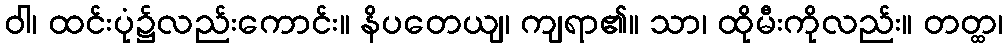
ဝါ၊ ထင်းပုံ၌လည်းကောင်း။ နိပတေယျ၊ ကျရာ၏။ သာ၊ ထိုမီးကိုလည်း။ တတ္ထ၊